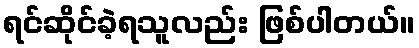
ရင်ဆိုင်ခဲ့ရသူလည်း ဖြစ်ပါတယ်။